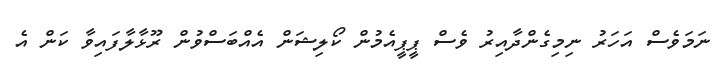
ނަމަވެސް އަހަރު ނިމިގެންދާއިރު ވެސް ޕީޕީއެމުން ކޯލިޝަން އެއްބަސްވުން ރޫޅާލާފައިވާ ކަން އެ